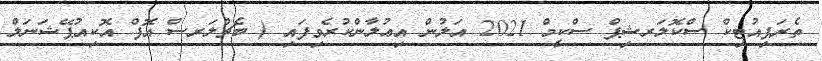
ތެރަޕިއުޓިކް ސްކޮލަރޝިޕް ސްކީމް 2021 އަލުން އިޢުލާންކުރެވިފައި ( ބެޗްލަރސް އޮފް އޮކިއުޕޭޝަނަލް